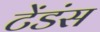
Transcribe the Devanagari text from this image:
टेंडंस